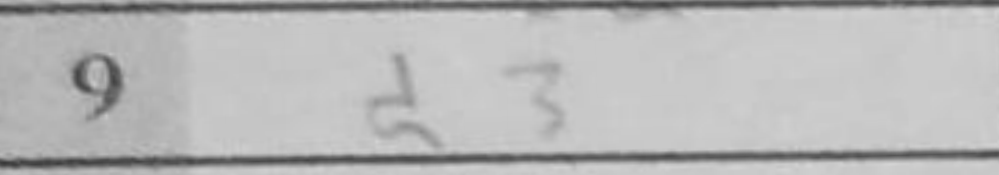
Transcription: d3